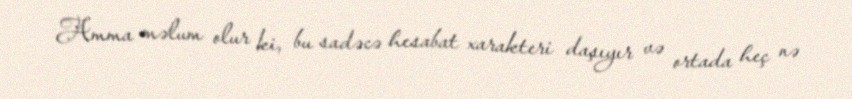
Amma məlum olur ki, bu sadəcə hesabat xarakteri daşıyır və ortada heç nə